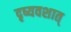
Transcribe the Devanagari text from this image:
दृष्यवशात्